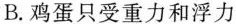
B.鸡蛋只受重力和浮力